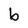
Character: b